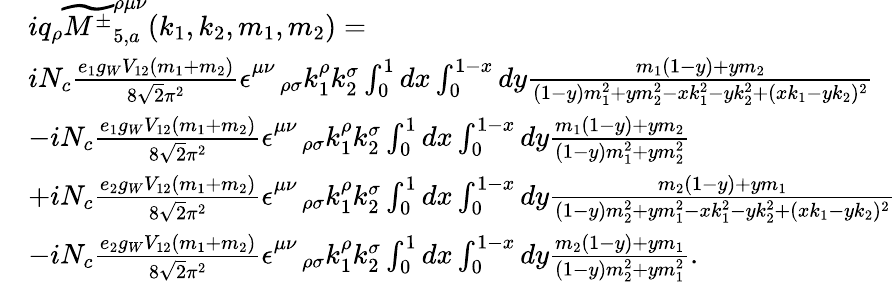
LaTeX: \begin{array}{rl}&{iq_{\rho}\widetilde{{M^{\pm}}}_{5,a}^{\rho\mu\nu}(k_{1},k_{2},m_{1},m_{2})=}\\ &{iN_{c}\frac{e_{1}g_{W}V_{12}(m_{1}+m_{2})}{8\sqrt{2}\pi^{2}}\epsilon_{\quad\rho\sigma}^{\mu\nu}k_{1}^{\rho}k_{2}^{\sigma}\int_{0}^{1}dx\int_{0}^{1-x}dy\frac{m_{1}(1-y)+ym_{2}}{(1-y)m_{1}^{2}+ym_{2}^{2}-xk_{1}^{2}-yk_{2}^{2}+(xk_{1}-yk_{2})^{2}}}\\ &{-iN_{c}\frac{e_{1}g_{W}V_{12}(m_{1}+m_{2})}{8\sqrt{2}\pi^{2}}\epsilon_{\quad\rho\sigma}^{\mu\nu}k_{1}^{\rho}k_{2}^{\sigma}\int_{0}^{1}dx\int_{0}^{1-x}dy\frac{m_{1}(1-y)+ym_{2}}{(1-y)m_{1}^{2}+ym_{2}^{2}}}\\ &{+iN_{c}\frac{e_{2}g_{W}V_{12}(m_{1}+m_{2})}{8\sqrt{2}\pi^{2}}\epsilon_{\quad\rho\sigma}^{\mu\nu}k_{1}^{\rho}k_{2}^{\sigma}\int_{0}^{1}dx\int_{0}^{1-x}dy\frac{m_{2}(1-y)+ym_{1}}{(1-y)m_{2}^{2}+ym_{1}^{2}-xk_{1}^{2}-yk_{2}^{2}+(xk_{1}-yk_{2})^{2}}}\\ &{-iN_{c}\frac{e_{2}g_{W}V_{12}(m_{1}+m_{2})}{8\sqrt{2}\pi^{2}}\epsilon_{\quad\rho\sigma}^{\mu\nu}k_{1}^{\rho}k_{2}^{\sigma}\int_{0}^{1}dx\int_{0}^{1-x}dy\frac{m_{2}(1-y)+ym_{1}}{(1-y)m_{2}^{2}+ym_{1}^{2}}.}\end{array}